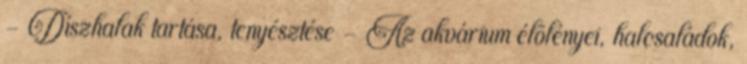
- Díszhalak tartása, tenyésztése - Az akvárium élõlényei, halcsaládok,